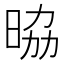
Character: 𭦀